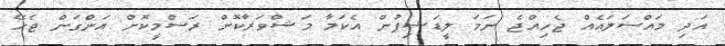
އަދި މައްސަލައެއް ޖެހިއްޖެ ނަމަ ލީޑަޝިޕުން އެކަމާ މަޝްވަރާކޮށް ރަސްމީކޮށް އަންގަން ޖެހޭ